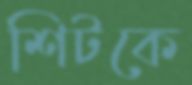
শিটকে